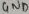
Text: GND